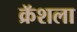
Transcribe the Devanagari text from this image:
क्रॅशला